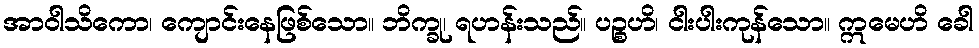
အာဝါသိကော၊ ကျောင်းနေဖြစ်သော။ ဘိက္ခု၊ ရဟန်းသည်။ ပဉ္စဟိ၊ ငါးပါးကုန်သော။ ဣမေဟိ ခေါ